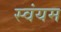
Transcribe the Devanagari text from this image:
स्‍वंयम